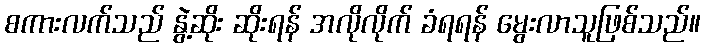
စကားလက်သည် နွဲ့ဆိုး ဆိုးရန် အလိုလိုက် ခံရရန် မွေးလာသူဖြစ်သည်။